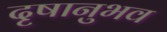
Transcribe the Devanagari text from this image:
दृषानुभव